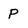
Character: P